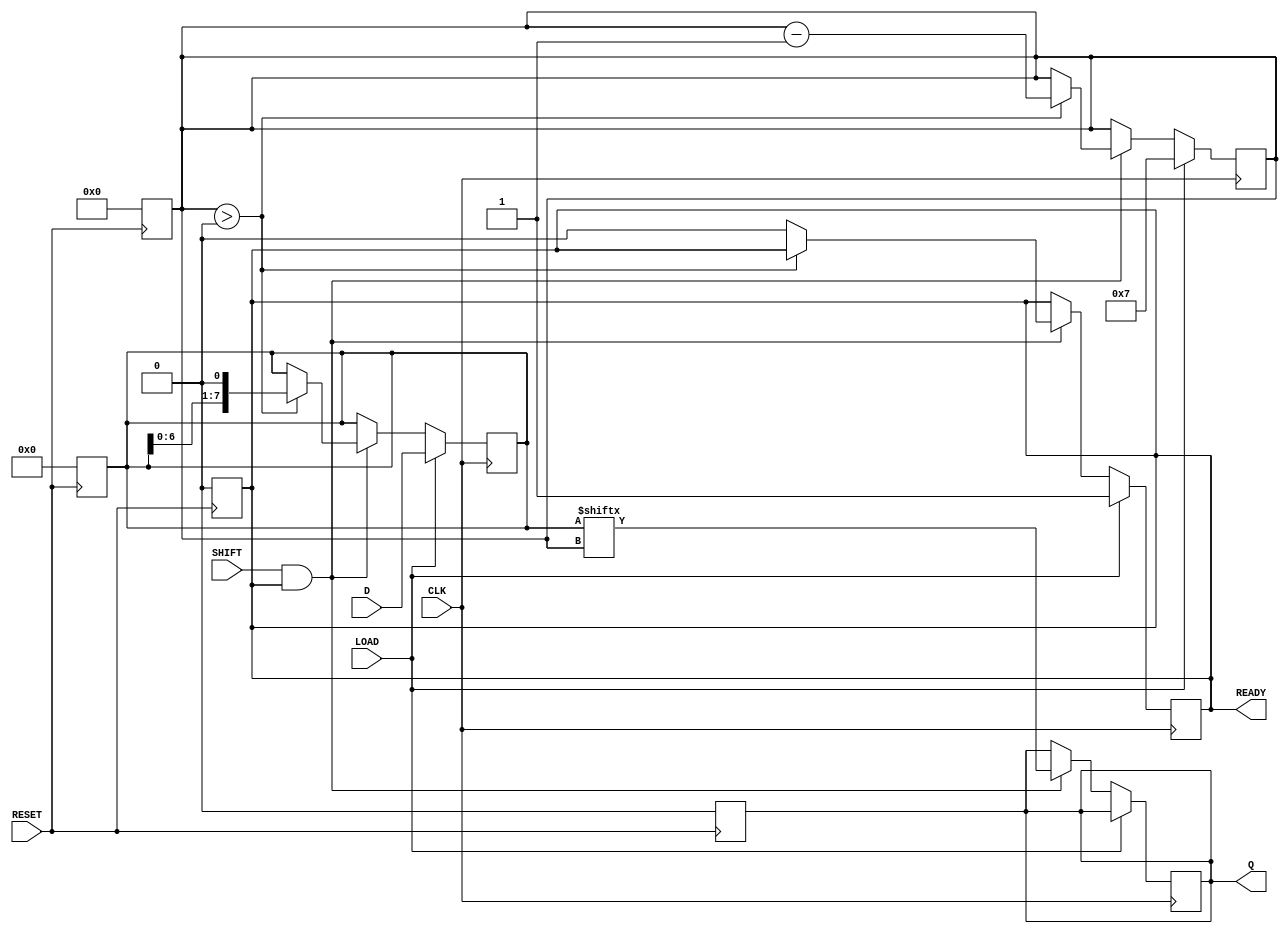
module PISO_Register #(
    parameter WIDTH = 8  // Width of the data input
)(
    input  wire [WIDTH-1:0] D,     // Parallel data input
    input  wire LOAD,               // Load control signal
    input  wire CLK,                // Clock signal
    input  wire SHIFT,              // Shift control signal
    input  wire RESET,              // Asynchronous reset signal
    output reg  Q,                  // Serial output
    output reg  READY               // Data ready signal
);

    reg [WIDTH-1:0] shift_reg;      // Shift register to hold data
    reg [3:0] count;                 // Bit counter for shifting

    // Asynchronous reset
    always @(posedge RESET) begin
        shift_reg <= 0;              // Clear shift register
        Q <= 0;                      // Reset serial output
        READY <= 0;                 // Reset data ready signal
        count <= 0;                 // Reset counter
    end

    // Main operation on clock edge
    always @(posedge CLK) begin
        if (LOAD) begin
            shift_reg <= D;          // Load data into shift register
            READY <= 1;             // Indicate that data is ready
            count <= WIDTH - 1;     // Initialize count to last bit index
        end
        else if (SHIFT && READY) begin
            Q <= shift_reg[count];   // Output current MSB
            // Shift data
            if (count > 0) begin
                shift_reg <= {shift_reg[WIDTH-2:0], 1'b0}; // Shift left
                count <= count - 1;  // Decrement counter
            end else begin
                READY <= 0;           // Data has been fully shifted out
            end
        end
    end

endmodule